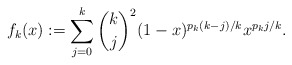
\begin{align*}f_k(x) := \sum_{j=0}^{k} \dbinom{k}{j}^2 (1-x)^{p_k(k-j)/k} x^{p_k j/k}.\end{align*}